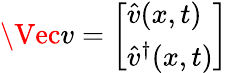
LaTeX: \Vec{v}=\left[\begin{array}{l}{\hat{v}(x,t)}\\ {\hat{v}^{\dagger}(x,t)}\end{array}\right]